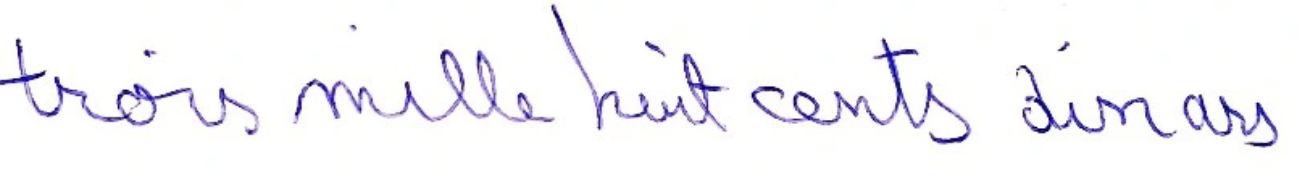
trois mille huit cents dinars